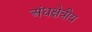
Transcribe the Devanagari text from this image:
अंधक्षेत्रीय